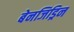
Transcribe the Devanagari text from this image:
बेनजिड्रिन